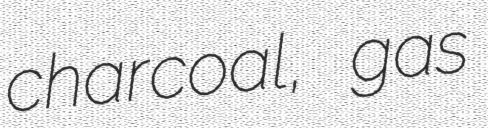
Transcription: charcoal, gas